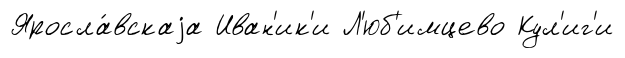
Яросла́вскаjа Иван'ик'и Л'юб'имцево Кул'иг'и